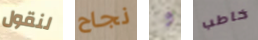
لنقول نجاح و خاطب